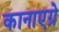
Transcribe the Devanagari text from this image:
कानाएग्रे